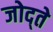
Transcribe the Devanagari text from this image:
जोद्ते